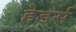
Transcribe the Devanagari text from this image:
हेडर्स